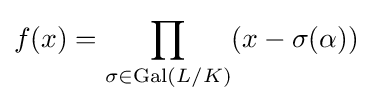
f(x)=\prod _{\sigma \in {\text{Gal}}(L/K)}(x-\sigma (\alpha ))